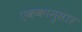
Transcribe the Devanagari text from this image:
एककानुसार